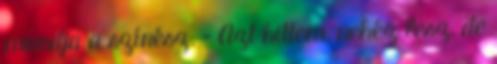
mondja a színész. – Azt hittem, nehéz lesz, de